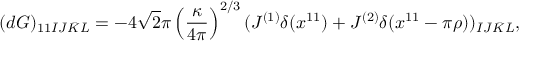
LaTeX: ( d G ) _ { 1 1 \bar { I } \bar { J } \bar { K } \bar { L } } = - 4 \sqrt { 2 } \pi \left( \frac { \kappa } { 4 \pi } \right) ^ { 2 / 3 } ( J ^ { ( 1 ) } \delta ( x ^ { 1 1 } ) + J ^ { ( 2 ) } \delta ( x ^ { 1 1 } - \pi \rho ) ) _ { \bar { I } \bar { J } \bar { K } \bar { L } } ,